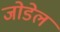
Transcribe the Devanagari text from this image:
जोडेल